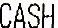
CASH